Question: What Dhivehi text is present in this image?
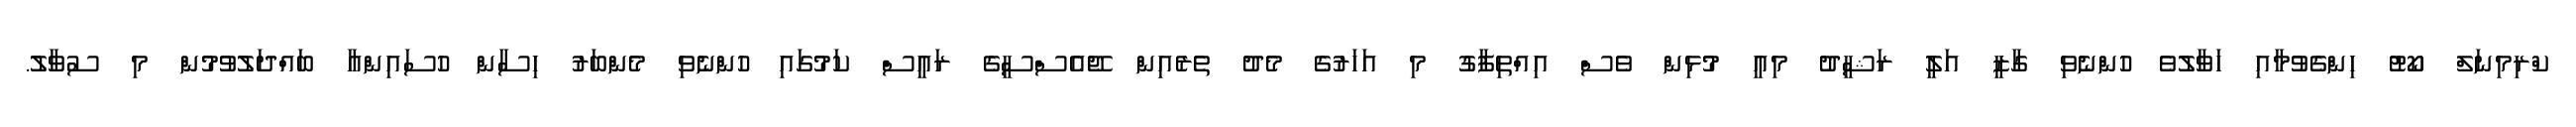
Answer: ކްރިމިނަލް ކޯޓު ހިންގެވުމާއި ހަވާލުވެ ހުންނެވި ގާޒީ އަލީ ރަޝީދު މިއީ މުޅިން ވެސް އިއްތިފާގު މި އަހަރުގެ މެދު ތެރެއިން ޖޭއެސްސީގެ ރައީސް ކަމުގައި ހުންނެވި މެންބަރު ހިސާން ހުސައިންއާ ބައްދަލުވުމުން މި ސުވާލު.